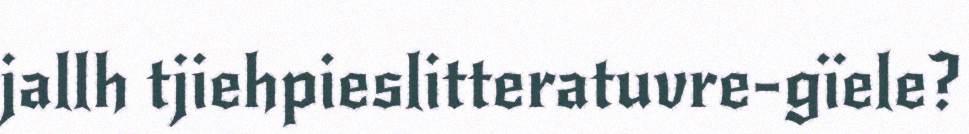
jallh tjiehpieslitteratuvre-gïele?